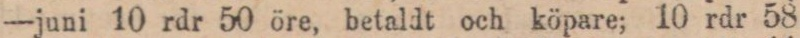
—juni 10 rdr 50 öre, betaldt och köpare; 10 rdr 58